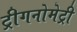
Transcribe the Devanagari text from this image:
ट्रीगनोमेट्री